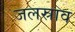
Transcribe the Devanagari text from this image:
जलस्राव